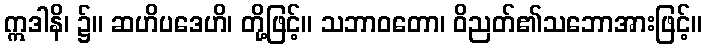
ဣဒါနိ၊ ၌။ ဆဟိပဒေဟိ၊ တို့ဖြင့်။ သဘာဝတော၊ ဝိညတ်၏သဘောအားဖြင့်။